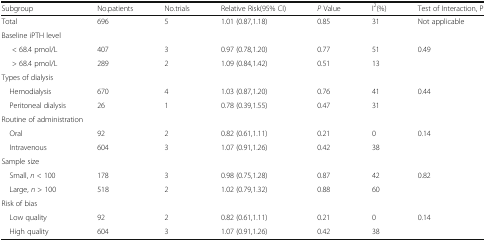
<table><thead><tr><td><b>Subgroup</b></td><td><b>No.patients</b></td><td><b>No.trials</b></td><td><b>Relative Risk(95% CI)</b></td><td><b><i>P</i> Value</b></td><td><b>I<sup>2</sup>(%)</b></td><td><b>Test of Interaction, P</b></td></tr></thead><tbody><tr><td>Total</td><td>696</td><td>5</td><td>1.01 (0.87,1.18)</td><td>0.85</td><td>31</td><td>Not applicable</td></tr><tr><td colspan="7">Baseline iPTH level</td></tr><tr><td>&lt; 68.4 pmol/L</td><td>407</td><td>3</td><td>0.97 (0.78,1.20)</td><td>0.77</td><td>51</td><td>0.49</td></tr><tr><td>&gt; 68.4 pmol/L</td><td>289</td><td>2</td><td>1.09 (0.84,1.42)</td><td>0.51</td><td>13</td><td></td></tr><tr><td colspan="7">Types of dialysis</td></tr><tr><td> Hemodialysis</td><td>670</td><td>4</td><td>1.03 (0.87,1.20)</td><td>0.76</td><td>41</td><td>0.44</td></tr><tr><td> Peritoneal dialysis</td><td>26</td><td>1</td><td>0.78 (0.39,1.55)</td><td>0.47</td><td>31</td><td></td></tr><tr><td colspan="7">Routine of administration</td></tr><tr><td> Oral</td><td>92</td><td>2</td><td>0.82 (0.61,1.11)</td><td>0.21</td><td>0</td><td>0.14</td></tr><tr><td> Intravenous</td><td>604</td><td>3</td><td>1.07 (0.91,1.26)</td><td>0.42</td><td>38</td><td></td></tr><tr><td colspan="7">Sample size</td></tr><tr><td> Small, <i>n</i> &lt; 100</td><td>178</td><td>3</td><td>0.98 (0.75,1.28)</td><td>0.87</td><td>42</td><td>0.82</td></tr><tr><td> Large, <i>n</i> &gt; 100</td><td>518</td><td>2</td><td>1.02 (0.79,1.32)</td><td>0.88</td><td>60</td><td></td></tr><tr><td colspan="7">Risk of bias</td></tr><tr><td> Low quality</td><td>92</td><td>2</td><td>0.82 (0.61,1.11)</td><td>0.21</td><td>0</td><td>0.14</td></tr><tr><td> High quality</td><td>604</td><td>3</td><td>1.07 (0.91,1.26)</td><td>0.42</td><td>38</td><td></td></tr></tbody></table>